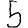
Digit: 5